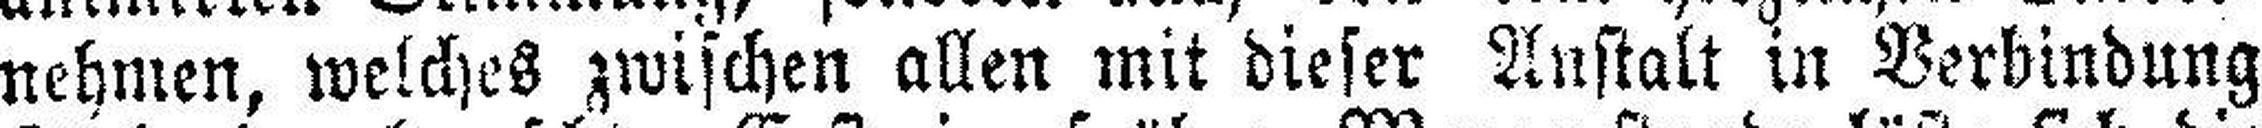
nehmen, welches zwischen allen mit dieser Anstalt in Verbindung